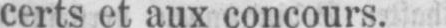
certs et aux concours.